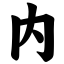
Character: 内